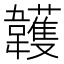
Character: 䪝